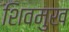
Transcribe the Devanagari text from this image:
शिवमुख